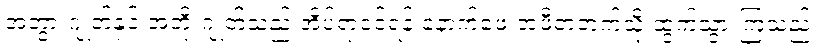
အဘွားဂျုတ်နှင့် အဘိုးဂျုတ်သည် အိပ်ရာဝင်ရန် နောက်ဖေးအဖီတဲဘက်သို့ ထွက်သွားကြသည်။